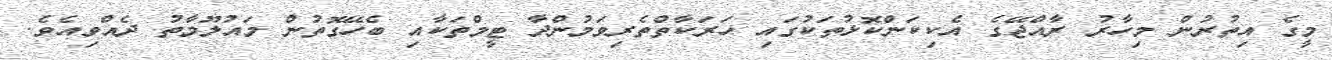
މީގެ އިތުރުން މިހާރު ރާއްޖޭގެ އެކިކަންކޮޅުތަކުގައި ހަރަކާތްތެރިވަމުންދާ ޓީމްތަކާއި ބެހޭގޮތުން މައުލޫމާތު ދެއްވިއެވެ.